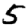
Digit: 5